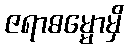
ဇရာဓမ္မောမှိ